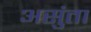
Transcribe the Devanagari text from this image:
असुंता